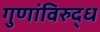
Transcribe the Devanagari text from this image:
गुणांविरुद्ध